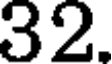
32.